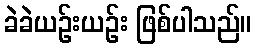
ခဲခဲယဉ်းယဉ်း ဖြစ်ပါသည်။